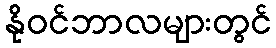
နိုဝင်ဘာလများတွင်